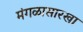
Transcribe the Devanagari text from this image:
मंगळासारखा